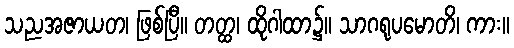
သညအဇာယတ၊ ဖြစ်ပြီ။ တတ္ထ၊ ထိုဂါထာ၌။ သာဂရုပမောတိ၊ ကား။